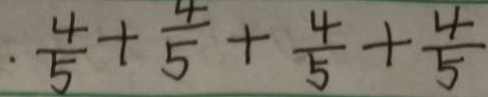
\cdot \frac { 4 } { 5 } + \frac { 4 } { 5 } + \frac { 4 } { 5 } + \frac { 4 } { 5 }